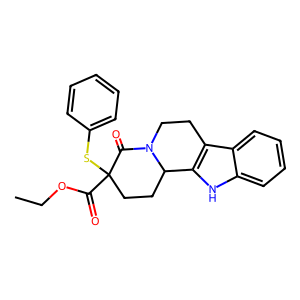
SMILES: CCOC(=O)C1(Sc2ccccc2)CCC2c3[nH]c4ccccc4c3CCN2C1=O
Inhibits HIV replication: No